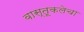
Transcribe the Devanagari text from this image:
वास्तूकलेचा